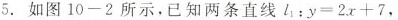
5.如图10-2所示，已知两条直线 i_{1}:$$y= 2 x + 7$$ ，